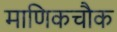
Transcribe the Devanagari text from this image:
माणिकचौक